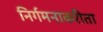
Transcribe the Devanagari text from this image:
निर्गमनाकरीता